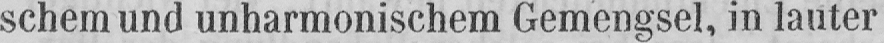
schem und unharmonischem Gemengsel, in lauter